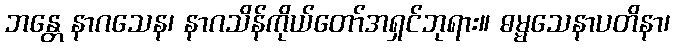
ဘန္တေ နာဂသေန၊ နာဂသိန်ကိုယ်တော်အရှင်ဘုရား။ ဓမ္မသေနာပတိနာ၊